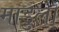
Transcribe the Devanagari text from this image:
माडुलो